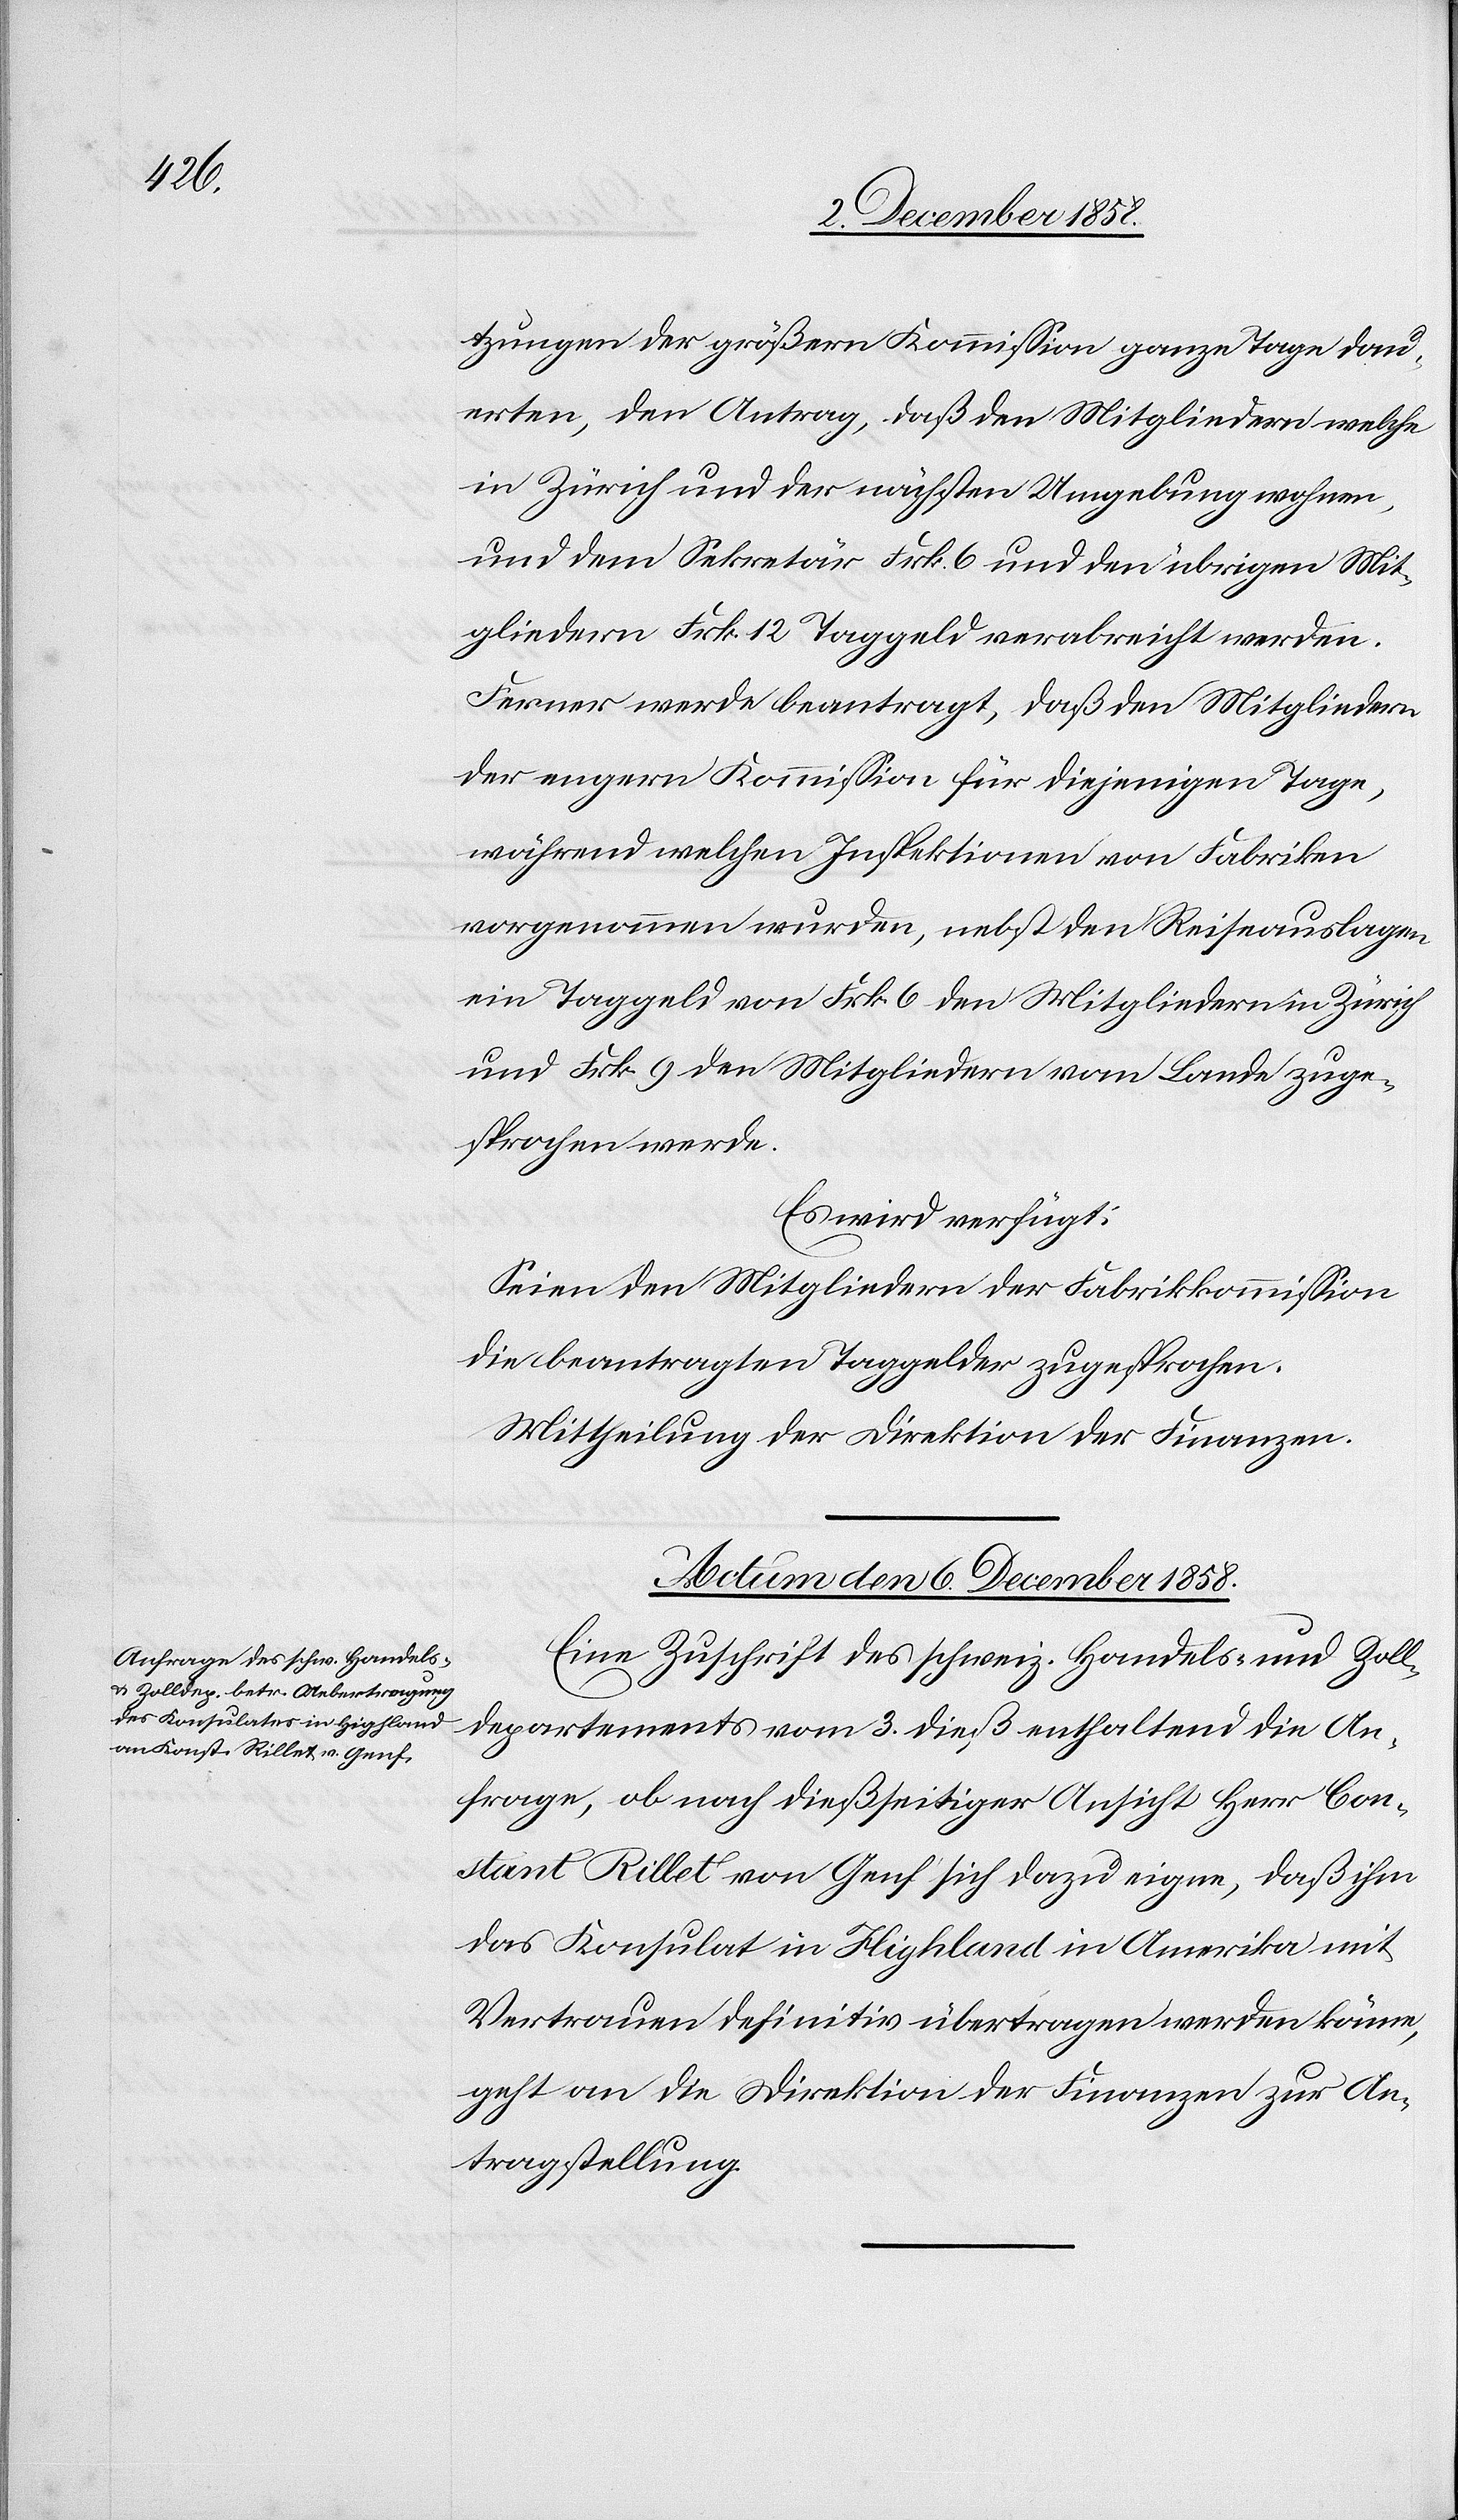
tzungen der größern Kommission ganze Tage dau¬
erten, den Antrag, daß den Mitgliedern welche
in Zürich und der nächsten Umgebung wohnen,
und dem Sekretär Frk. 6 und den übrigen Mit¬
gliedern Frk. 12 Taggeld verabreicht werden.
Ferner werde beantragt, daß den Mitgliedern
der engern Kommission für diejenigen Tage,
während welchen Inspektionen von Fabriken
vorgenommen wurden, nebst den Reiseauslagen
ein Taggeld von Frk. 6 den Mitgliedern in Zürich
und Frk. 9 den Mitgliedern vom Lande zuge¬
sprochen werde.
Es wird verfügt:
Seien den Mitgliedern der Fabrikkommission
die beantragten Taggelder zugesprochen.
Mittheilung der Direktion der Finanzen.
Actum den 6. December 1858.
Eine Zuschrift des schweiz. Handels- und Zoll¬
departements vom 3. dieß enthaltend die An¬
frage, ob nach dießseitiger Ansicht Herr Con¬
stant Rillet von Genf sich dazu eigne, daß ihm
das Konsulat in Highland in Amerika mit
Vertrauen definitiv übertragen werden könne,
geht an die Direktion der Finanzen zur An¬
tragstellung.